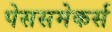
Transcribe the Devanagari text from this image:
पेससमेकर्स